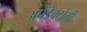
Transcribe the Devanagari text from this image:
अपेंडेक्टोमी